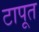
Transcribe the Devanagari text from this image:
टापूत